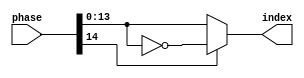
module phase_compression_16(phase,index);
input  [15:0] phase;
output [13:0] index;
assign index = (phase[14] == 0)?phase[13:0]:~phase[13:0];
endmodule